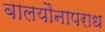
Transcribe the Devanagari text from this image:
बालयौनापराध